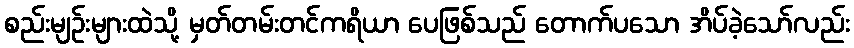
စည်းမျဉ်းများထဲသို့ မှတ်တမ်းတင်ကရိယာ ပေဖြစ်သည် တောက်ပသော အိပ်ခဲ့သော်လည်း